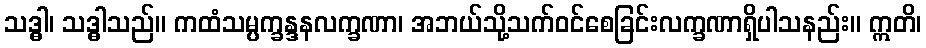
သဒ္ဓါ၊ သဒ္ဓါသည်။ ကထံသမ္ပက္ခန္ဒနလက္ခဏာ၊ အဘယ်သို့သက်ဝင်စေခြင်းလက္ခဏာရှိပါသနည်း။ ဣတိ၊